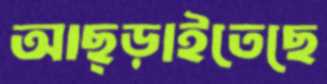
আছ্‌ড়াইতেছে